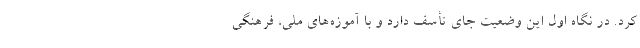
کرد. در نگاه اول این وضعیت جای تأسف دارد و با آموزه‌های ملی، فرهنگی